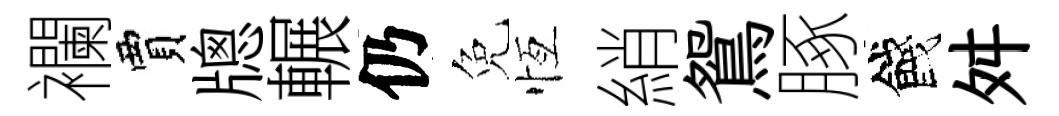
襴賈牕輾仍免恆綃鴛䐁餞舛